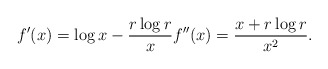
\begin{align*} f'(x) = \log x - \frac{r \log r}{x} f''(x) = \frac{x + r \log r}{x^2}. \end{align*}